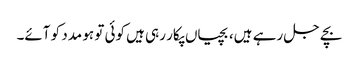
بچے جل رہے ہیں، بچیاں پکار رہی ہیں کوئی تو ہو مدد کو آئے۔